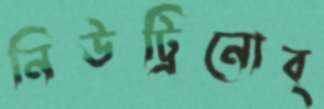
নিউট্রিনোব্